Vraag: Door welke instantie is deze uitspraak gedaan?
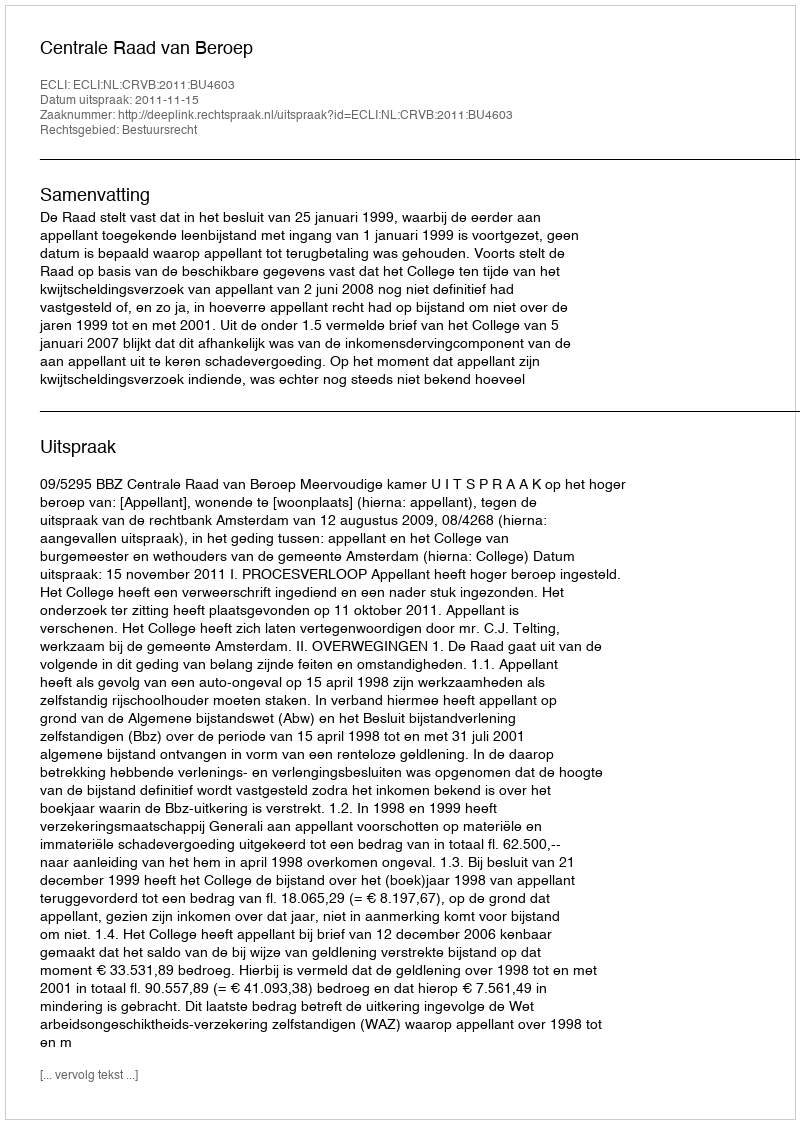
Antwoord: Centrale Raad van Beroep